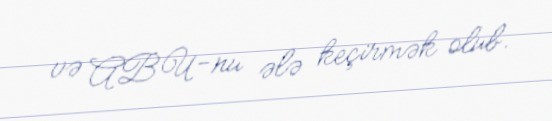
və ABU-nu ələ keçirmək olub.